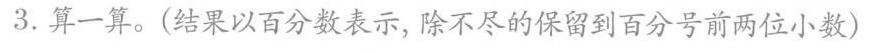
3.算一算。(结果以百分数表示，除不尽的保留到百分号前两位小数)